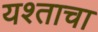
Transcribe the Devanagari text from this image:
यश्ताचा